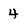
Character: 4